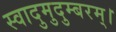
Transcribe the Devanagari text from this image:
स्वादुमुदुम्बरम्।